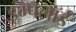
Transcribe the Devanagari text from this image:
इम्पलॉई